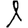
Digit: 1